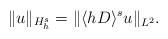
LaTeX: \begin{align*} \|u\|_{H^s_h}=\|\langle hD\rangle^s u\|_{L^2}.\end{align*}